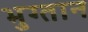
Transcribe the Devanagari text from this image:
भुग्तान